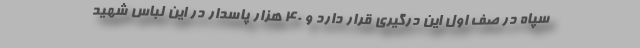
سپاه در صف اول این درگیری قرار دارد و 40 هزار پاسدار در این لباس شهید